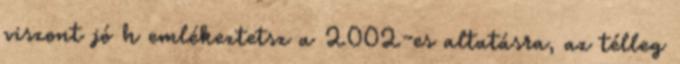
viszont jó h emlékeztetsz a 2002-es altatásra, az télleg